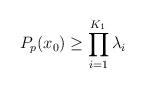
LaTeX: \begin{align*}P_p(x_0)\ge \prod_{i=1}^{K_1} \lambda_i\end{align*}